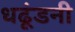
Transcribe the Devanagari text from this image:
धढूंडनी